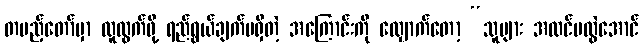
တပည့်တော်မှာ လူထွက်ဖို့ ရည်ရွယ်ချက်မရှိတဲ့ အကြောင်းကို လျှောက်တော့ “သူများ အထင်မလွဲအောင်